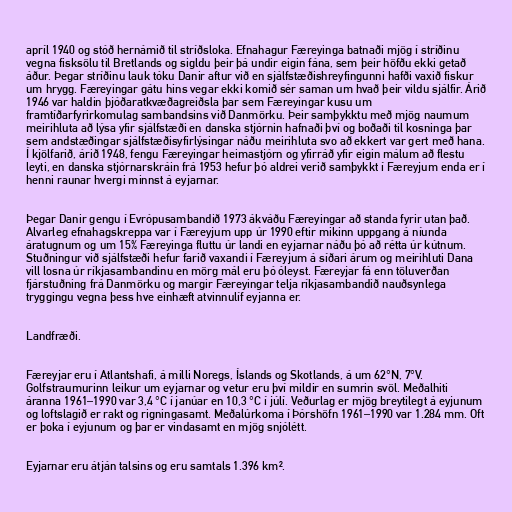
apríl 1940 og stóð hernámið til stríðsloka. Efnahagur Færeyinga batnaði mjög í stríðinu
vegna fisksölu til Bretlands og sigldu þeir þá undir eigin fána, sem þeir höfðu ekki getað
áður. Þegar stríðinu lauk tóku Danir aftur við en sjálfstæðishreyfingunni hafði vaxið fiskur
um hrygg. Færeyingar gátu hins vegar ekki komið sér saman um hvað þeir vildu sjálfir. Árið
1946 var haldin þjóðaratkvæðagreiðsla þar sem Færeyingar kusu um
framtíðarfyrirkomulag sambandsins við Danmörku. Þeir samþykktu með mjög naumum
meirihluta að lýsa yfir sjálfstæði en danska stjórnin hafnaði því og boðaði til kosninga þar
sem andstæðingar sjálfstæðisyfirlýsingar náðu meirihluta svo að ekkert var gert með hana.
Í kjölfarið, árið 1948, fengu Færeyingar heimastjórn og yfirráð yfir eigin málum að flestu
leyti, en danska stjórnarskráin frá 1953 hefur þó aldrei verið samþykkt í Færeyjum enda er í
henni raunar hvergi minnst á eyjarnar.

Þegar Danir gengu í Evrópusambandið 1973 ákváðu Færeyingar að standa fyrir utan það.
Alvarleg efnahagskreppa var í Færeyjum upp úr 1990 eftir mikinn uppgang á níunda
áratugnum og um 15% Færeyinga fluttu úr landi en eyjarnar náðu þó að rétta úr kútnum.
Stuðningur við sjálfstæði hefur farið vaxandi í Færeyjum á síðari árum og meirihluti Dana
vill losna úr ríkjasambandinu en mörg mál eru þó óleyst. Færeyjar fá enn töluverðan
fjárstuðning frá Danmörku og margir Færeyingar telja ríkjasambandið nauðsynlega
tryggingu vegna þess hve einhæft atvinnulíf eyjanna er.

Landfræði.

Færeyjar eru í Atlantshafi, á milli Noregs, Íslands og Skotlands, á um 62°N, 7°V.
Golfstraumurinn leikur um eyjarnar og vetur eru því mildir en sumrin svöl. Meðalhiti
áranna 1961–1990 var 3,4 °C í janúar en 10,3 °C í júlí. Veðurlag er mjög breytilegt á eyjunum
og loftslagið er rakt og rigningasamt. Meðalúrkoma í Þórshöfn 1961–1990 var 1.284 mm. Oft
er þoka í eyjunum og þar er vindasamt en mjög snjólétt.

Eyjarnar eru átján talsins og eru samtals 1.396 km².